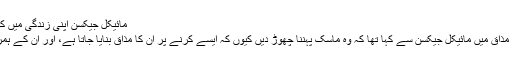
مائیکل جیکسن اپنی زندگی میں کئی مرتبہ یہ ماسک پہنے نظر آئے، فوٹو:فیس بک
41 سالہ باڈی گارڈ کے مطابق ایک دن انہوں نے مذاق میں مائیکل جیکسن سے کہا تھا کہ وہ ماسک پہننا چھوڑ دیں کیوں کہ ایسے کرنے پر ان کا مذاق بنایا جاتا ہے، اور ان کے ہمراہ تصویر کھچوانے سے شرمندگی بھی ہوتی ہے۔